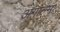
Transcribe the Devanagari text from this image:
अगाल्मा